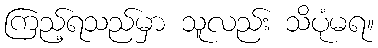
ကြည့်ရသည်မှာ သူလည်း သိပုံမရ။